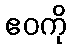
ဧဝကို